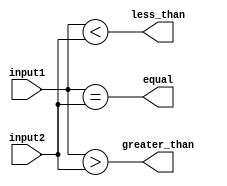
module magnitude_comparator (
    input [15:0] input1,
    input [15:0] input2,
    output equal,
    output less_than,
    output greater_than
);

assign equal = (input1 == input2);
assign less_than = (input1 < input2);
assign greater_than = (input1 > input2);

endmodule